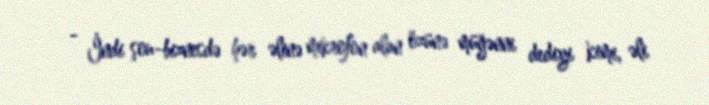
- İndi şou-biznesdə hər əlinə mikrofon alan özünə müğənni dediyi kimi, əli